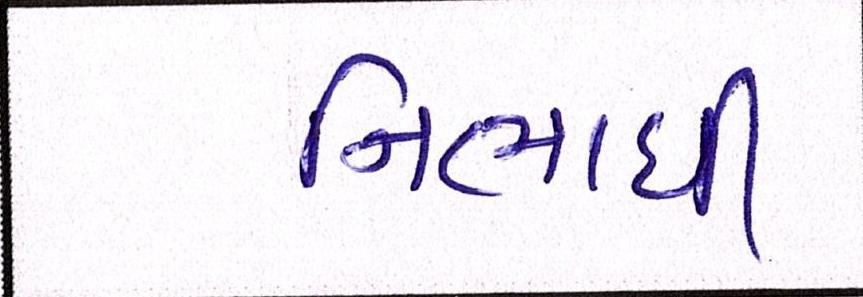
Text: નિભાવી